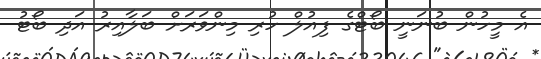
އެ މީހުން ބުނަނީ ބޯޓްގެ ފިއުލް ހުރި މިންވަރަށް ބަލާއިރު އަދި ބޯޓު